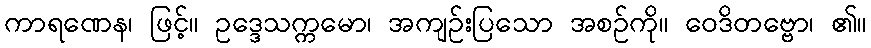
ကာရဏေန၊ ဖြင့်။ ဥဒ္ဒေသက္ကမော၊ အကျဉ်းပြသော အစဉ်ကို။ ဝေဒိတဗ္ဗော၊ ၏။